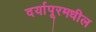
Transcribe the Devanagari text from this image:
दर्यापूरमधील